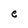
Character: e